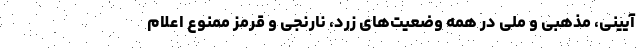
آیینی، مذهبی و ملی در همه وضعیت‌های زرد، نارنجی و قرمز ممنوع اعلام